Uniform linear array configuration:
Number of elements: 32
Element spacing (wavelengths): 0.5
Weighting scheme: hamming
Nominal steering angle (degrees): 30
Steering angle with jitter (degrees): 30.611
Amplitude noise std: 0.05
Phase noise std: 0.05

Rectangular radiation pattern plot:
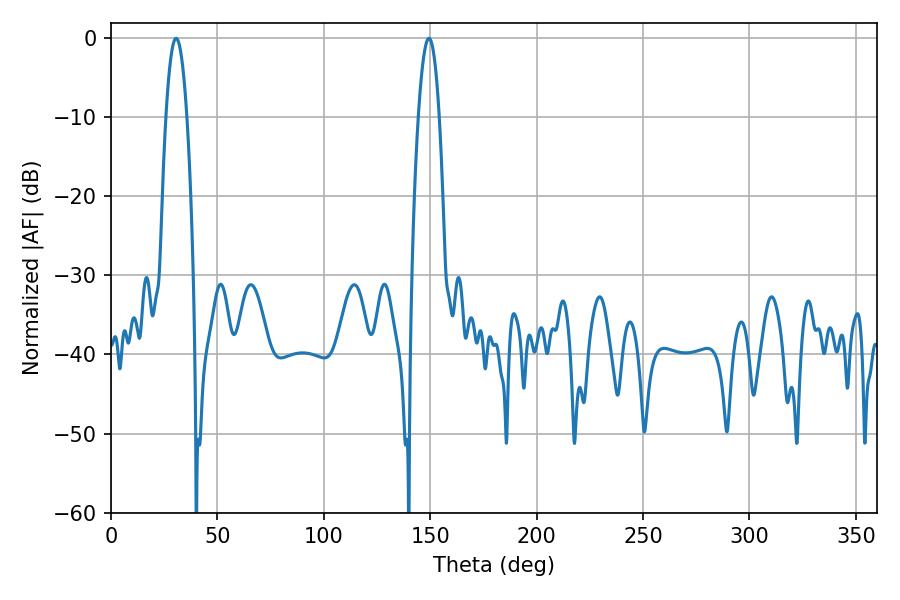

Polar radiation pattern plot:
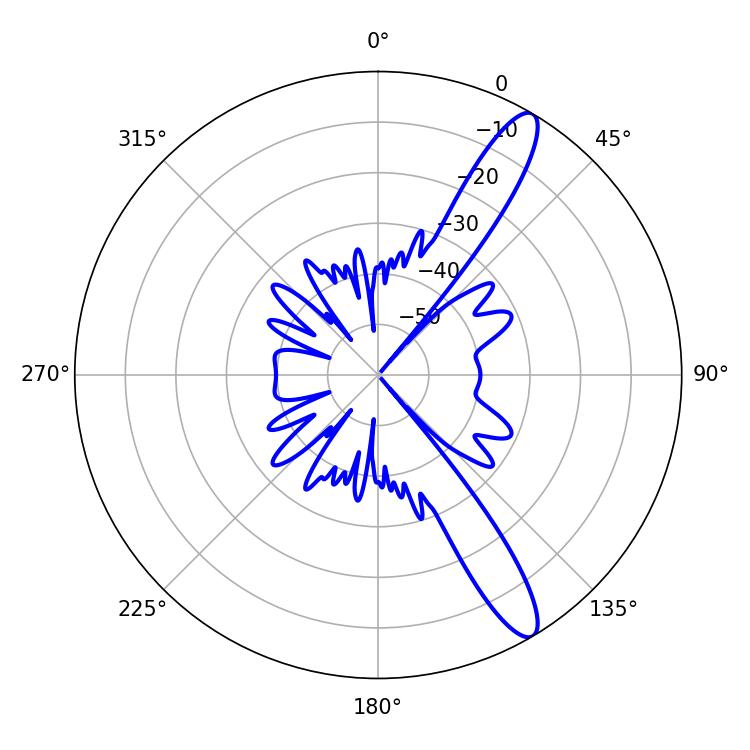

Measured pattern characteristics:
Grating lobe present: FALSE
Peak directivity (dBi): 12.825
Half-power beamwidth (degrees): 5.4
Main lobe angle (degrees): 30.6